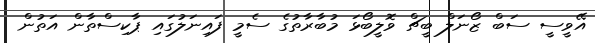
އޭވީސީ ސަބް ޒޯނަލް ބީޗް ވޮލީބޯޅަ މުބާރާތުގެ ސެމީ ފައިނަލުގައި ޕާކިސްތާން އަތުން